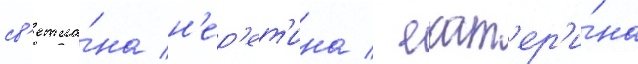
св'етла́на н'ер'ет'ина / екат'ер'и́на